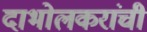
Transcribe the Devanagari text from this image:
दाभोलकरांची